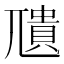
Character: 𮱣